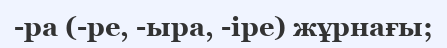
-ра (-ре, -ыра, -іре) жұрнағы;